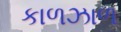
કાળઝાળ